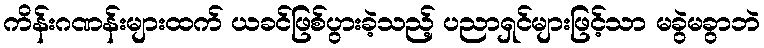
ကိန်းဂဏန်းများထက် ယခင်ဖြစ်ပွားခဲ့သည့် ပညာရှင်များဖြင့်သာ မခွဲမခွာဘဲ